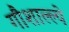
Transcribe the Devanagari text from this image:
गौशाल्ल्ये